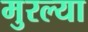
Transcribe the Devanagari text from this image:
मुरल्या